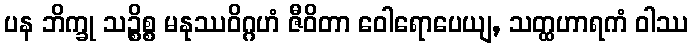
ပန ဘိက္ခု သဉ္စိစ္စ မနုဿဝိဂ္ဂဟံ ဇီဝိတာ ဝေါရောပေယျ, သတ္ထဟာရကံ ဝါဿ